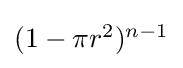
{\textstyle (1-\pi r^{2})^{n-1}}